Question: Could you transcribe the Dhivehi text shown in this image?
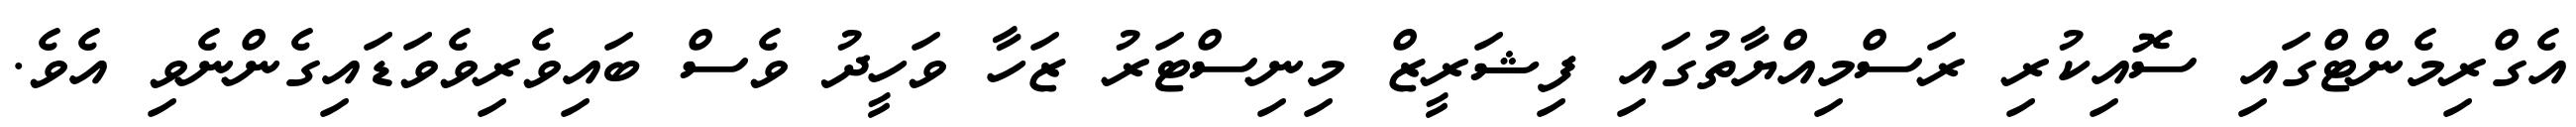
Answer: އެގްރިމެންޓްގައި ސޮއިކުރި ރަސްމިއްޔާތުގައި ފިޝަރީޒް މިނިސްޓަރު ޒަހާ ވަހީދު ވެސް ބައިވެރިވެވަޑައިގެންނެވި އެވެ.